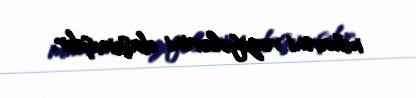
müavini vəzifələrini daşımışdır.